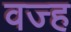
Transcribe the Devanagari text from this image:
वज्ह